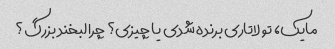
مایک، تو لاتاری برنده شدی یا چیزی؟ چرا لبخند بزرگ؟